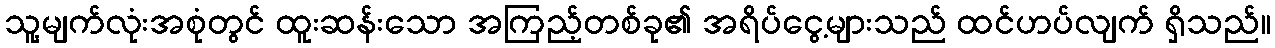
သူ့မျက်လုံးအစုံတွင် ထူးဆန်းသော အကြည့်တစ်ခု၏ အရိပ်ငွေ့များသည် ထင်ဟပ်လျက် ရှိသည်။